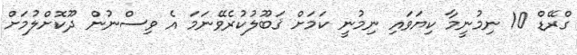
ގްރޭޑް 10 ނިމުނީމާ ކިޔަވައި ނިމުނީ ކަމަށް ޤަބޫލުކުރެވޭނަމަ އެ ވިސްނުން ދޫކޮށްލުމަށް